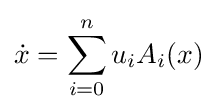
{\dot {x}}=\sum _{i=0}^{n}u_{i}A_{i}(x)